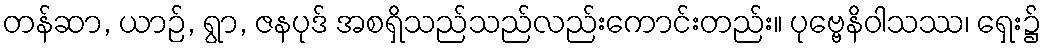
တန်ဆာ, ယာဉ်, ရွာ, ဇနပုဒ် အစရှိသည်သည်လည်းကောင်းတည်း။ ပုဗ္ဗေနိဝါသဿ၊ ရှေး၌